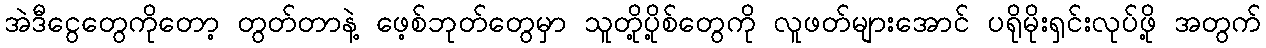
အဲဒီငွေတွေကိုတော့ တွတ်တာနဲ့ ဖေ့စ်ဘုတ်တွေမှာ သူတို့ပို့စ်တွေကို လူဖတ်များအောင် ပရိုမိုးရှင်းလုပ်ဖို့ အတွက်